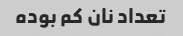
تعداد نان کم بوده